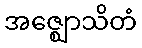
အဇ္ဈောသိတံ